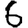
Digit: 6